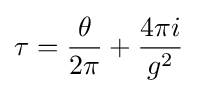
\tau ={\frac {\theta }{2\pi }}+{\frac {4\pi i}{g^{2}}}